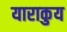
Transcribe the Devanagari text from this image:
याराकुय